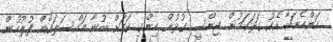
އަންހެނަކާ އެކު ގަދަކަމުން ޖިންސީ ގުޅުން ހިންގި ކަމަށް ބުނާ މައްސަލައެއް ފުލުހުން